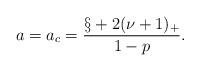
LaTeX: \begin{align*}a=a_c=\frac{\S+2(\nu+1)_+}{1-p}.\end{align*}